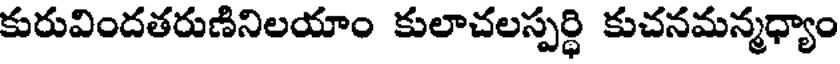
కురువిందతరుణినిలయాం కులాచలస్పర్ధి కుచనమన్మధ్యాం